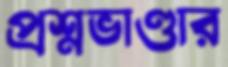
প্রশ্নভাণ্ডার